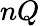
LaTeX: nQ